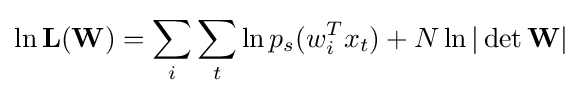
\ln \mathbf {L(W)} =\sum _{i}\sum _{t}\ln p_{s}(w_{i}^{T}x_{t})+N\ln |\det \mathbf {W} |